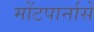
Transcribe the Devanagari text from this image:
मोंटपार्नासे